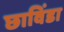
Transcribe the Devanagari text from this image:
छाविंडा